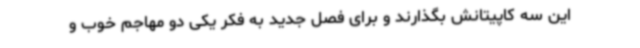
این سه کاپیتانش بگذارند و برای فصل جدید به فکر یکی دو مهاجم خوب و